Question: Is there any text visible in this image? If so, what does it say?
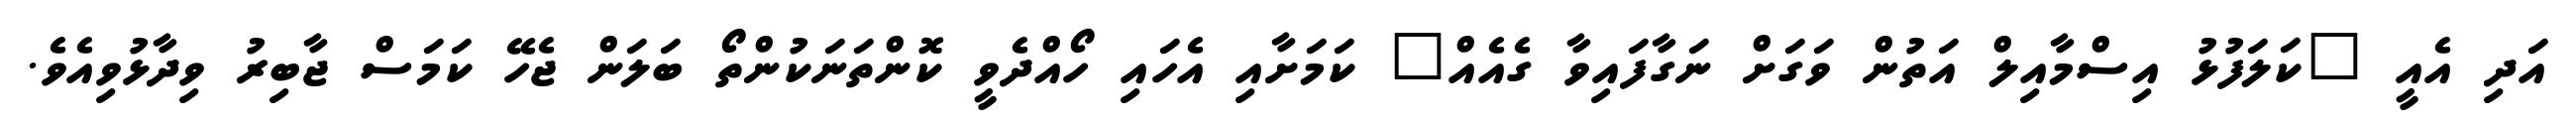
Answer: އަދި އެއީ "ކަލަފުޅު އިސްމާއިލް އަތުން ވަގަށް ނަގާފައިވާ ގެއެއް" ކަމަށާއި އެހައި ހޯއްދެވީ ކޮންތަނަކުންތޯ ބަލަން ޖެހޭ ކަމަސް ޖާބިރު ވިދާޅުވިއެވެ.